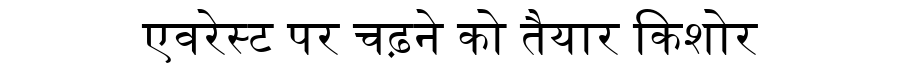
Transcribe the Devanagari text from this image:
एवरेस्ट पर चढ़ने को तैयार किशोर